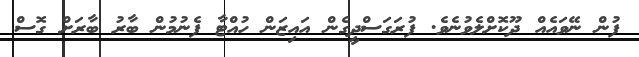
ފުން ނޭވައެއް ދޫކޮށްލެވުނެވެ. ފުރަގަސްދީގެން އައިޒަން ހުއްޓާ ފެނުމުން ބާރު ބާރަށް ގޮސް